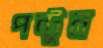
পন্টুন